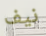
نيف